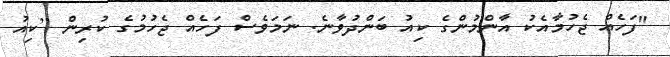
"ފަހެއް ޖެހުމާއެކު އާންމުންގެ ކިއު ބަންދުވާނެ. ނަމަވެސް ފަހެއް ޖެހުމުގެ ކުރިން [ކިއު